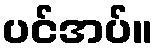
ပင်အပ်။